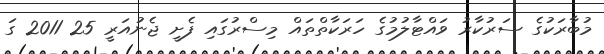
މުބާރަކުގެ ސަރުކާރު ވައްޓާލުމުގެ ހަރަކާތްތައް މިސްރުގައި ފެށީ ޖެނުއަރީ 25 2011 ގަ